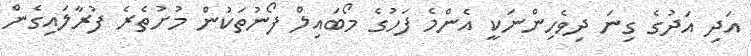
އަދި އަދުގެ ގިނަ ދިވެހިންނަކީ އެންމެ ފަހުގެ މޯބައިލް ފޯނުތަކުން މުށުތެރެ ފުރާލައިގެން